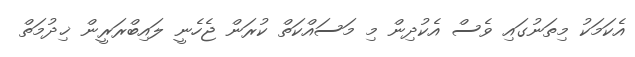
އެކަމަކު މިތަނުގައި ވެސް އެކުދިން މި މަސައްކަތް ކުރަން ޖެހެނީ ލައިބްރަރީން ޚިދުމަތް